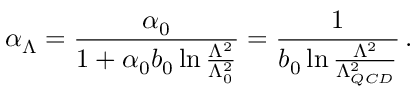
\alpha _ { \Lambda } = { \frac { \alpha _ { 0 } } { 1 + \alpha _ { 0 } b _ { 0 } \ln { { \frac { \Lambda ^ { 2 } } { \Lambda _ { 0 } ^ { 2 } } } } } } = { \frac { 1 } { b _ { 0 } \ln { { \frac { \Lambda ^ { 2 } } { \Lambda _ { Q C D } ^ { 2 } } } } } } \, .